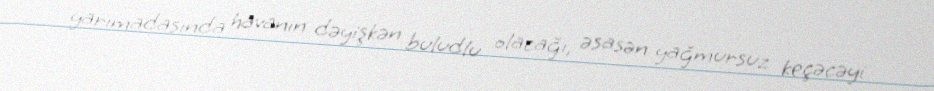
yarımadasında havanın dəyişkən buludlu olacağı, əsasən yağmursuz keçəcəyi